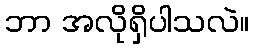
ဘာ အလိုရှိပါသလဲ။